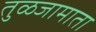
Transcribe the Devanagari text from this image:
तुळजामाता